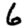
Digit: 6